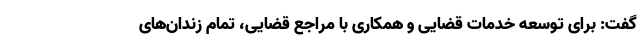
گفت: برای توسعه خدمات قضایی و همکاری با مراجع قضایی، تمام زندان‌های